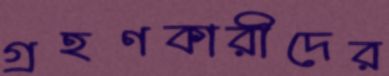
গ্রহণকারীদের